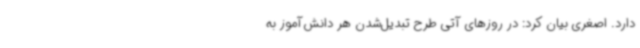
دارد. اصغری بیان کرد: در روزهای آتی طرح تبدیل‌شدن هر دانش‌آموز به